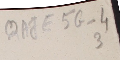
QAJE5G_4 3